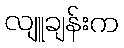
လျူချန်းက